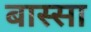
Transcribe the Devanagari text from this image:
बास्सा